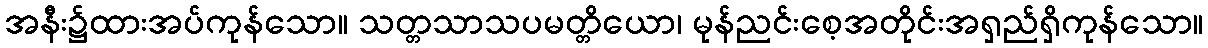
အနီး၌ထားအပ်ကုန်သော။ သတ္တသာသပမတ္တိယော၊ မုန်ညင်းစေ့အတိုင်းအရှည်ရှိကုန်သော။